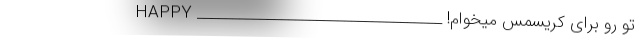
تو رو برای کریسمس میخوام! ___________________________________ HAPPY